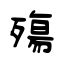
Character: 殤